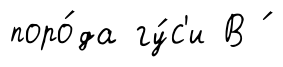
поро́да гу́с'и В ́